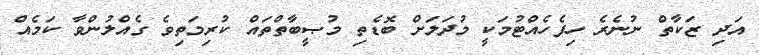
އަދި ޒަކާތް ނުނެރެ ހިފެހެއްޓުމަކީ މުދަލަށް ބޮޑެތި މުޞީބާތްތައް ކުރިމަތިވެ ގެއްލުންވާ ކަމެއް